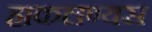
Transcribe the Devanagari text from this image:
हाकलण्यस